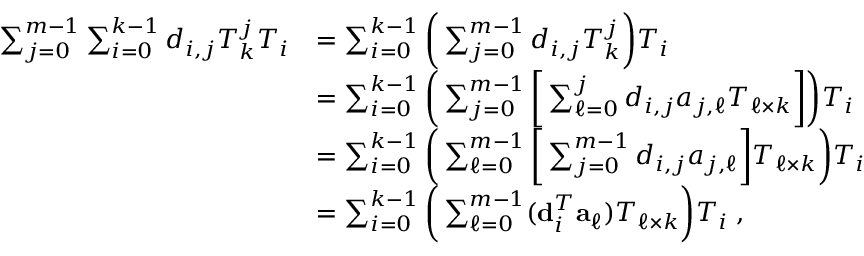
\begin{array} { r l } { \sum _ { j = 0 } ^ { m - 1 } \sum _ { i = 0 } ^ { k - 1 } d _ { i , j } T _ { k } ^ { j } T _ { i } } & { = \sum _ { i = 0 } ^ { k - 1 } \bigg ( \sum _ { j = 0 } ^ { m - 1 } d _ { i , j } T _ { k } ^ { j } \bigg ) T _ { i } } \\ & { = \sum _ { i = 0 } ^ { k - 1 } \bigg ( \sum _ { j = 0 } ^ { m - 1 } \bigg [ \sum _ { \ell = 0 } ^ { j } d _ { i , j } a _ { j , \ell } T _ { \ell \times k } \bigg ] \bigg ) T _ { i } } \\ & { = \sum _ { i = 0 } ^ { k - 1 } \bigg ( \sum _ { \ell = 0 } ^ { m - 1 } \bigg [ \sum _ { j = 0 } ^ { m - 1 } d _ { i , j } a _ { j , \ell } \bigg ] T _ { \ell \times k } \bigg ) T _ { i } } \\ & { = \sum _ { i = 0 } ^ { k - 1 } \bigg ( \sum _ { \ell = 0 } ^ { m - 1 } ( { \bf d } _ { i } ^ { T } { \bf a } _ { \ell } ) T _ { \ell \times k } \bigg ) T _ { i } \; , } \end{array}